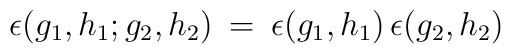
\epsilon(g_1, h_1; g_2, h_2) \: = \: \epsilon(g_1, h_1) \,\epsilon(g_2, h_2)